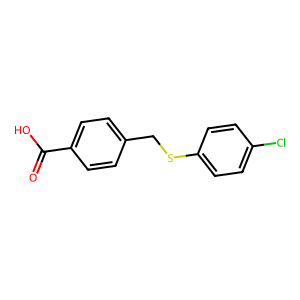
SMILES: O=C(O)c1ccc(CSc2ccc(Cl)cc2)cc1
Inhibits HIV replication: No